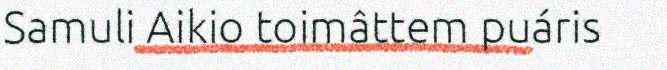
Samuli Aikio toimâttem puáris